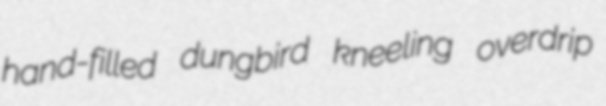
hand-filled dungbird kneeling overdrip